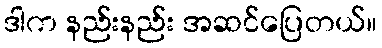
ဒါက နည်းနည်း အဆင်ပြေတယ်။